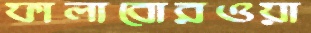
ফালাবোরওয়া